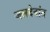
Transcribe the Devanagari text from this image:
जलदेवांत